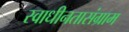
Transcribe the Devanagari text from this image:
स्वाधीनतासंग्राम